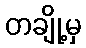
တချို့မှ